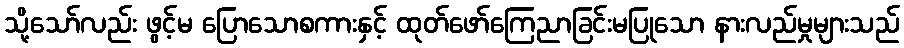
သို့သော်လည်း ဖွင့်မ ပြောသောစကားနှင့် ထုတ်ဖော်ကြေညာခြင်းမပြုသော နားလည်မှုများသည်